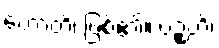
ဟောတိ၊ ဖြစ်၏။ ပဉ္စဟိ၊